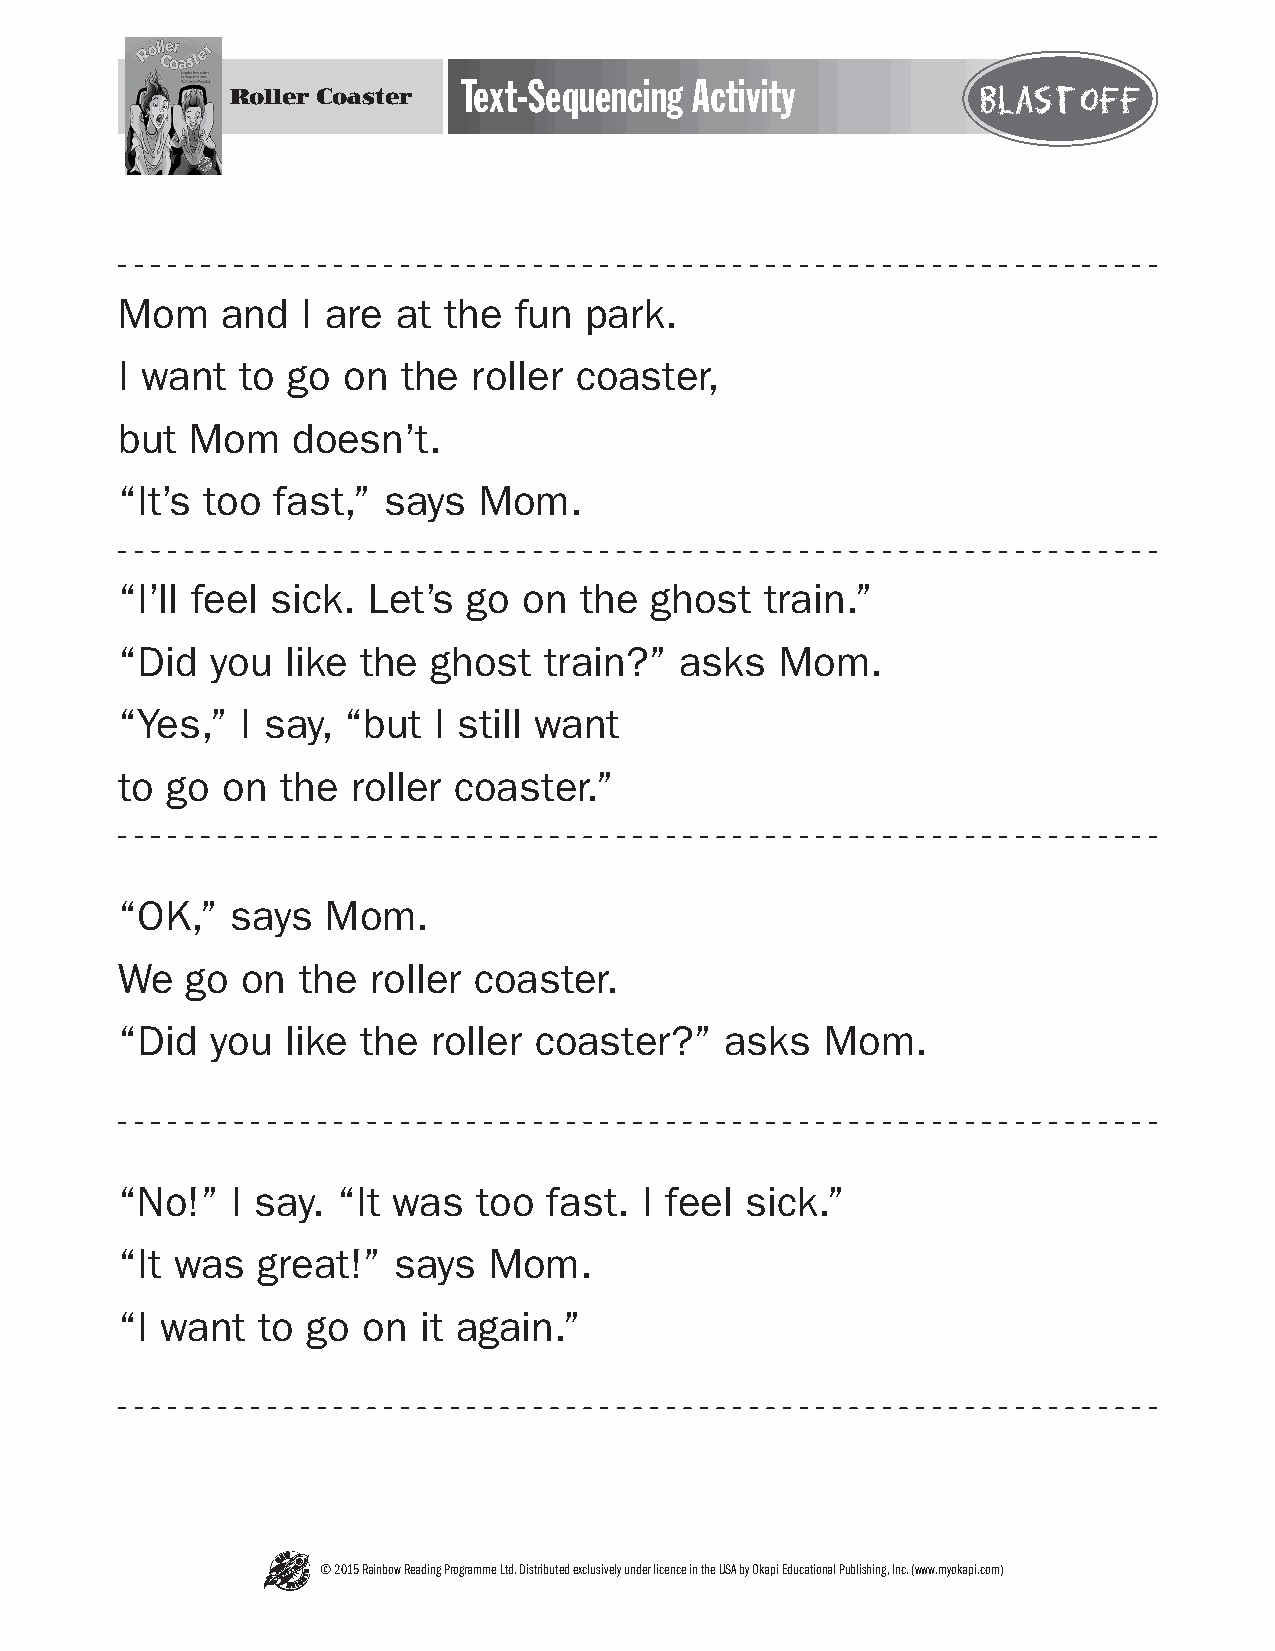
Text-Sequencing Activity
 Roller Coaster                                    Blast off
 Mom    and  I are at the  fun  park.
 I want  to go  on  the roller coaster,
 but  Mom   doesn’t.
 “It’s too fast,” says   Mom.
 “I’ll feel sick. Let’s go  on the  ghost   train.”
 “Did  you  like the  ghost  train?”  asks   Mom.
 “Yes,”  I say, “but  I still want
 to go  on  the roller coaster.”
 “OK,”  says   Mom.
 We  go  on  the roller coaster.
 “Did  you  like the  roller coaster?”   asks   Mom.
 “No!”  I say. “It was   too fast. I feel sick.”
 “It was  great!”  says  Mom.
 “I want  to go  on  it again.”
 © 2015 Rainbow Reading Programme Ltd. Distributed exclusively under licence in the USA by Okapi Educational Publishing, Inc. (www.myokapi.com)